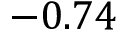
- 0 . 7 4